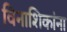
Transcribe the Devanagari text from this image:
विनाशिकांना